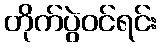
တိုက်ပွဲဝင်ရင်း